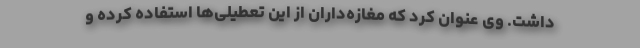
داشت. وی عنوان کرد که مغازه‌داران از این تعطیلی‌ها استفاده کرده و